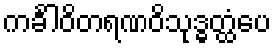
ကင်္ခါဝိတရဏဝိသုဒ္ဓတ္ထံပေ